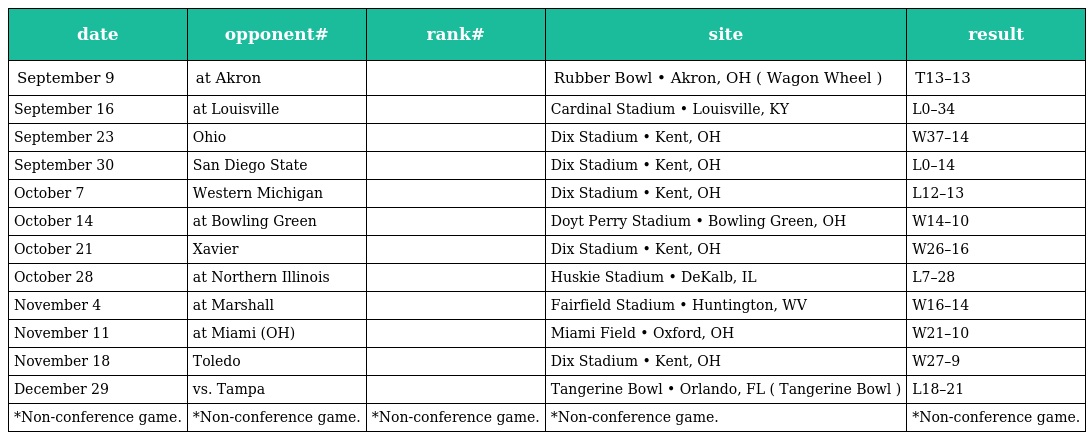
| date | opponent# | rank# | site | result |
 | --- | --- | --- | --- | --- |
 | September 9 | at Akron |  | Rubber Bowl • Akron, OH ( Wagon Wheel ) | T13–13 |
 | September 16 | at Louisville |  | Cardinal Stadium • Louisville, KY | L0–34 |
 | September 23 | Ohio |  | Dix Stadium • Kent, OH | W37–14 |
 | September 30 | San Diego State |  | Dix Stadium • Kent, OH | L0–14 |
 | October 7 | Western Michigan |  | Dix Stadium • Kent, OH | L12–13 |
 | October 14 | at Bowling Green |  | Doyt Perry Stadium • Bowling Green, OH | W14–10 |
 | October 21 | Xavier |  | Dix Stadium • Kent, OH | W26–16 |
 | October 28 | at Northern Illinois |  | Huskie Stadium • DeKalb, IL | L7–28 |
 | November 4 | at Marshall |  | Fairfield Stadium • Huntington, WV | W16–14 |
 | November 11 | at Miami (OH) |  | Miami Field • Oxford, OH | W21–10 |
 | November 18 | Toledo |  | Dix Stadium • Kent, OH | W27–9 |
 | December 29 | vs. Tampa |  | Tangerine Bowl • Orlando, FL ( Tangerine Bowl ) | L18–21 |
 | *Non-conference game. | *Non-conference game. | *Non-conference game. | *Non-conference game. | *Non-conference game. |